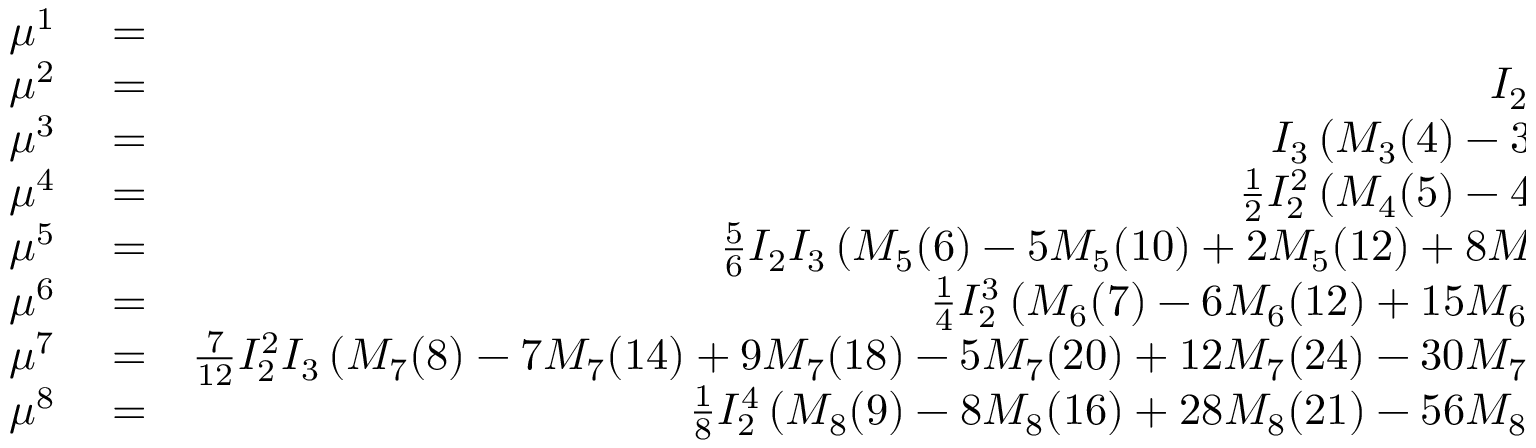
\begin{array} { r l r } { \mu ^ { 1 } } & { { } = } & { 0 } \\ { \mu ^ { 2 } } & { { } = } & { I _ { 2 } \left( M _ { 2 } ( 3 ) - M _ { 2 } ( 4 ) \right) } \\ { \mu ^ { 3 } } & { { } = } & { I _ { 3 } \left( M _ { 3 } ( 4 ) - 3 M _ { 3 } ( 6 ) + 2 M _ { 3 } ( 8 ) \right) } \\ { \mu ^ { 4 } } & { { } = } & { \frac { 1 } { 2 } I _ { 2 } ^ { 2 } \left( M _ { 4 } ( 5 ) - 4 M _ { 4 } ( 8 ) + 3 M _ { 4 } ( 9 ) \right) } \\ { \mu ^ { 5 } } & { { } = } & { \frac { 5 } { 6 } I _ { 2 } I _ { 3 } \left( M _ { 5 } ( 6 ) - 5 M _ { 5 } ( 1 0 ) + 2 M _ { 5 } ( 1 2 ) + 8 M _ { 5 } ( 1 6 ) - 6 M _ { 5 } ( 1 8 ) \right) } \\ { \mu ^ { 6 } } & { { } = } & { \frac { 1 } { 4 } I _ { 2 } ^ { 3 } \left( M _ { 6 } ( 7 ) - 6 M _ { 6 } ( 1 2 ) + 1 5 M _ { 6 } ( 1 5 ) - 1 0 M _ { 6 } ( 1 6 ) \right) } \\ { \mu ^ { 7 } } & { { } = } & { \frac { 7 } { 1 2 } I _ { 2 } ^ { 2 } I _ { 3 } \left( M _ { 7 } ( 8 ) - 7 M _ { 7 } ( 1 4 ) + 9 M _ { 7 } ( 1 8 ) - 5 M _ { 7 } ( 2 0 ) + 1 2 M _ { 7 } ( 2 4 ) - 3 0 M _ { 7 } ( 3 0 ) + 2 0 M _ { 7 } ( 3 2 ) \right) } \\ { \mu ^ { 8 } } & { { } = } & { \frac { 1 } { 8 } I _ { 2 } ^ { 4 } \left( M _ { 8 } ( 9 ) - 8 M _ { 8 } ( 1 6 ) + 2 8 M _ { 8 } ( 2 1 ) - 5 6 M _ { 8 } ( 2 4 ) + 3 5 M _ { 8 } ( 2 5 ) \right) } \end{array}